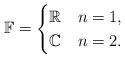
LaTeX: \begin{align*}\mathbb{F} = \begin{cases}\mathbb{R} & n = 1,\\\mathbb{C} & n = 2.\end{cases}\end{align*}